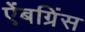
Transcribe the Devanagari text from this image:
ऐंबग्रिंस